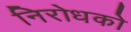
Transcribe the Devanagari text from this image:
निरोधको